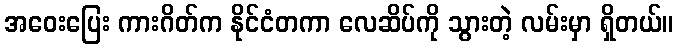
အဝေးပြေး ကားဂိတ်က နိုင်ငံတကာ လေဆိပ်ကို သွားတဲ့ လမ်းမှာ ရှိတယ်။